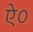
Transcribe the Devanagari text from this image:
ऐ०